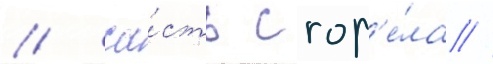
/ ча́сть сгор'е́ла //